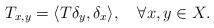
LaTeX: \begin{align*}T_{x,y}=\langle T\delta_y,\delta_x\rangle,\quad\forall x,y\in X.\end{align*}